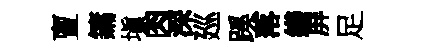
亶鏞塡肉深廵蹊落繕屏足